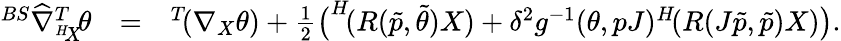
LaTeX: \begin{array}{rlr}{^{BS}\widehat{\nabla}_{^{H}\! X}^{T}\! \theta}&{=}&{^{T}\! (\nabla_{X}\theta)+\frac{1}{2}\big(^{H}\! (R(\tilde{p},\tilde{\theta})X)+\delta^{2}g^{-1}(\theta,pJ)^{H}\! (R(J\tilde{p},\tilde{p})X)\big).}\end{array}